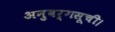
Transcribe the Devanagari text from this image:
अनुवर्गसूची।